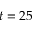
t = 2 5